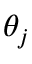
\theta _ { j }